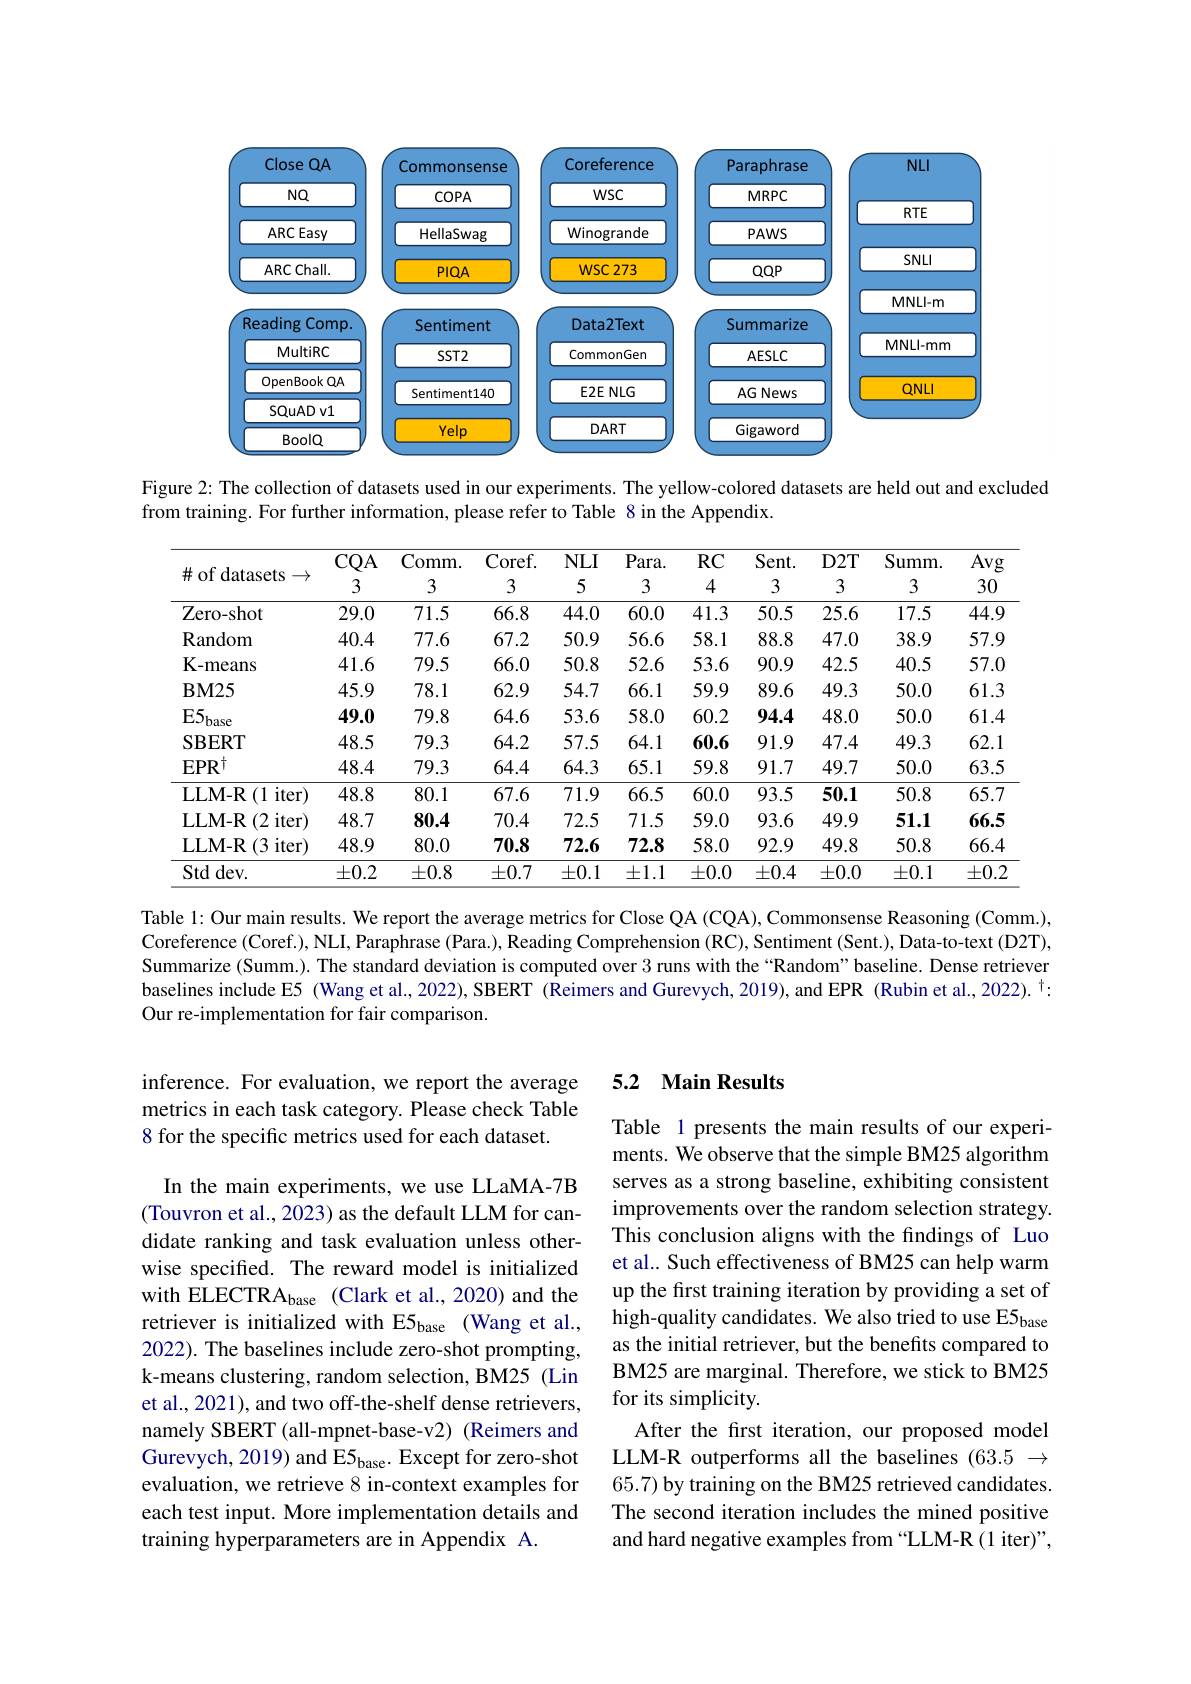
<FigureHere>

Figure 2: The collection of datasets used in our experiments. The yellow-colored datasets are held out and excluded
from training. For further information, please refer to Table 8 in the Appendix.

<table>
	<tbody>
		<tr>
			<th>$\#$of datasets $\rightarrow$</th>
			<th>$CQA$ 3</th>
			<th>Comm. 3</th>
			<th>$Coref.$ 3</th>
			<th>$NLI$ 5</th>
			<th>Para. 3</th>
			<th>$RC$ 4</th>
			<th>$Sent.$ 3</th>
			<th>$D2T$ 3</th>
			<th>$Summ.$ 3</th>
			<th>$\overline{\mathrm{Avg}}$ 30</th>
		</tr>
		<tr>
			<td>Zero- shot</td>
			<td>29.0</td>
			<td>71.5</td>
			<td>66.8</td>
			<td>44.0</td>
			<td>60.0</td>
			<td>41.3</td>
			<td>50.5</td>
			<td>25.6</td>
			<td>17.5</td>
			<td>44.9</td>
		</tr>
		<tr>
			<td>Random</td>
			<td>40.4</td>
			<td>77.6</td>
			<td>67.2</td>
			<td>50.9</td>
			<td>56.6</td>
			<td>58.1</td>
			<td>88.8</td>
			<td>47.0</td>
			<td>38.9</td>
			<td>57.9</td>
		</tr>
		<tr>
			<td>K- means</td>
			<td>41.6</td>
			<td>79.5</td>
			<td>66.0</td>
			<td>50.8</td>
			<td>52.6</td>
			<td>53.6</td>
			<td>90.9</td>
			<td>42.5</td>
			<td>40.5</td>
			<td>57.0</td>
		</tr>
		<tr>
			<td>$\mathbf{BM25}$</td>
			<td>45.9</td>
			<td>78.1</td>
			<td>62.9</td>
			<td>54.7</td>
			<td>66.1</td>
			<td>59.9</td>
			<td>89.6</td>
			<td>49.3</td>
			<td>50.0</td>
			<td>61.3</td>
		</tr>
		<tr>
			<td>$E5_{\mathrm{base}}$</td>
			<td>49.0</td>
			<td>79.8</td>
			<td>64.6</td>
			<td>53.6</td>
			<td>58.0</td>
			<td>60.2</td>
			<td>94.4</td>
			<td>48.0</td>
			<td>50.0</td>
			<td>61.4</td>
		</tr>
		<tr>
			<td>$\mathbf{SBERT}$</td>
			<td>48.5</td>
			<td>79.3</td>
			<td>64.2</td>
			<td>57.5</td>
			<td>64.1</td>
			<td>60.6</td>
			<td>91.9</td>
			<td>47.4</td>
			<td>49.3</td>
			<td>62.1</td>
		</tr>
		<tr>
			<td>$EPR^{\dagger}$</td>
			<td>48.4</td>
			<td>79.3</td>
			<td>64.4</td>
			<td>64.3</td>
			<td>65.1</td>
			<td>59.8</td>
			<td>91.7</td>
			<td>49.7</td>
			<td>50.0</td>
			<td>63.5</td>
		</tr>
		<tr>
			<td>$iter)$ LLM- R $\therefore(1$ 1 11</td>
			<td>48.8</td>
			<td>80.1</td>
			<td>67.6</td>
			<td>71.9</td>
			<td>66.5</td>
			<td>60.0</td>
			<td>93.5</td>
			<td>50.1</td>
			<td>50.8</td>
			<td>65.7</td>
		</tr>
		<tr>
			<td>2 iter) LLM- R (2</td>
			<td>48.7</td>
			<td>80.4</td>
			<td>70.4</td>
			<td>72.5</td>
			<td>71.5</td>
			<td>59.0</td>
			<td>93.6</td>
			<td>49.9</td>
			<td>51.1</td>
			<td>66.5</td>
		</tr>
		<tr>
			<td>LLM- R (3 $iter)$ 1</td>
			<td>48.9</td>
			<td>80.0</td>
			<td>70.8</td>
			<td>72.6</td>
			<td>72.8</td>
			<td>58.0</td>
			<td>92.9</td>
			<td>49.8</td>
			<td>50.8</td>
			<td>66.4</td>
		</tr>
		<tr>
			<td>Std dev. </td>
			<td>$\pm0.2$</td>
			<td>$\pm0.8$</td>
			<td>$\pm0.7$</td>
			<td>$\pm0.1$</td>
			<td>$\pm1.1$</td>
			<td>$\pm0.0$</td>
			<td>$\pm0.4$</td>
			<td>$\pm0.0$</td>
			<td>$\pm0.1$</td>
			<td>$\pm0.2$</td>
		</tr>
	</tbody>
</table>

Table 1: Our main results. We report the average metrics for Close QA (CQA), Commonsense Reasoning (Comm.), Coreference (Coref.), NLI, Paraphrase (Para.), Reading Comprehension (RC), Sentiment (Sent.), Data-to-text (D2T), Summarize (Summ.). The standard deviation is computed over 3 runs with the “Random”baseline. Dense retriever baselines include E5 (Wang et al., 2022), SBERT (Reimers and Gurevych, 2019), and EPR (Rubin et al., 2022). $^\dagger:$ Our re-implementation for fair comparison.

## 5.2 Main Results

inference. For evaluation, we report the average metrics in each task category. Please check Table 8 for the specific metrics used for each dataset.

Table 1 presents the main results of our experiments. We observe that the simple BM25 algorithm serves as a strong baseline, exhibiting consistent improvements over the random selection strategy. This conclusion aligns with the findings of Luo et al.. Such effectiveness of BM25 can help warm up the first training iteration by providing a set of high-quality candidates. We also tried to use E5 as the initial retriever, but the benefits compared to BM25 are marginal. Therefore, we stick to BM25 for its simplicity.
After the frst iteration, our proposed model LLM-R outperforms all the baselines (63.5 → 65.7) by training on the BM25 retrieved candidates. The second iteration includes the mined positive and hard negative examples from “LLM-R(1 iter)”,

In the main experiments, we use LLaMA-7B (Touvron et al., 2023) as the default LLM for candidate ranking and task evaluation unless otherwise specified. The reward model is initialized with ELECTRA$_\mathrm{base}$ (Clark et al.,2020) and the retriever is initialized with E5base (Wang et al., 2022). The baselines include zero-shot prompting, k-means clustering, random selection, BM25 (Lin et al., 2021), and two off-the-shelf dense retrievers, namely SBERT (all-mpnet-base-v2) (Reimers and Gurevych, 2019) and E5$_\mathrm{base}.$ Except for zero-shot evaluation, we retrieve 8 in-context examples for each test input. More implementation details and training hyperparameters are in Appendix A.